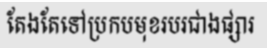
តែងតែទៅប្រកបមុខរបរជាងផ្សារ